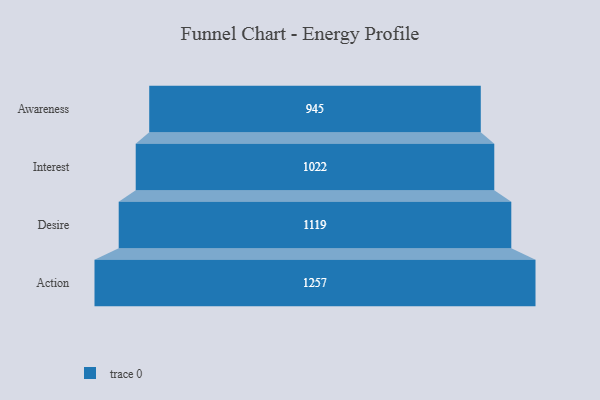
{"axis": {"x": "Stage", "y": "Value"}, "legend": [""], "data": [{"x": "Awareness", "y": 945.0, "type": ""}, {"x": "Interest", "y": 1022.0, "type": ""}, {"x": "Desire", "y": 1119.0, "type": ""}, {"x": "Action", "y": 1257.0, "type": ""}]}